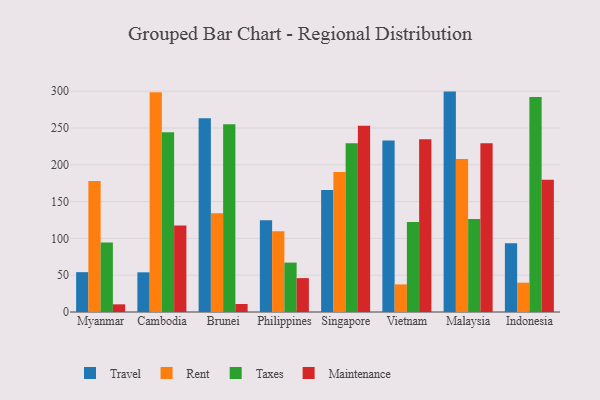
{"axis": {"x": "Country", "y": "Active Users"}, "legend": ["Maintenance", "Rent", "Taxes", "Travel"], "data": [{"x": "Myanmar", "y": 54.1, "type": "Travel"}, {"x": "Myanmar", "y": 178.0, "type": "Rent"}, {"x": "Myanmar", "y": 94.5, "type": "Taxes"}, {"x": "Myanmar", "y": 10.4, "type": "Maintenance"}, {"x": "Cambodia", "y": 53.9, "type": "Travel"}, {"x": "Cambodia", "y": 298.5, "type": "Rent"}, {"x": "Cambodia", "y": 244.2, "type": "Taxes"}, {"x": "Cambodia", "y": 117.6, "type": "Maintenance"}, {"x": "Brunei", "y": 263.3, "type": "Travel"}, {"x": "Brunei", "y": 134.1, "type": "Rent"}, {"x": "Brunei", "y": 254.9, "type": "Taxes"}, {"x": "Brunei", "y": 10.9, "type": "Maintenance"}, {"x": "Philippines", "y": 124.6, "type": "Travel"}, {"x": "Philippines", "y": 109.7, "type": "Rent"}, {"x": "Philippines", "y": 67.1, "type": "Taxes"}, {"x": "Philippines", "y": 46.0, "type": "Maintenance"}, {"x": "Singapore", "y": 165.6, "type": "Travel"}, {"x": "Singapore", "y": 190.2, "type": "Rent"}, {"x": "Singapore", "y": 229.4, "type": "Taxes"}, {"x": "Singapore", "y": 253.0, "type": "Maintenance"}, {"x": "Vietnam", "y": 232.9, "type": "Travel"}, {"x": "Vietnam", "y": 37.5, "type": "Rent"}, {"x": "Vietnam", "y": 122.3, "type": "Taxes"}, {"x": "Vietnam", "y": 234.6, "type": "Maintenance"}, {"x": "Malaysia", "y": 299.4, "type": "Travel"}, {"x": "Malaysia", "y": 208.0, "type": "Rent"}, {"x": "Malaysia", "y": 126.4, "type": "Taxes"}, {"x": "Malaysia", "y": 229.2, "type": "Maintenance"}, {"x": "Indonesia", "y": 93.4, "type": "Travel"}, {"x": "Indonesia", "y": 39.8, "type": "Rent"}, {"x": "Indonesia", "y": 292.2, "type": "Taxes"}, {"x": "Indonesia", "y": 179.6, "type": "Maintenance"}]}